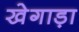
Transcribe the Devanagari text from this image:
खेगाड़ा